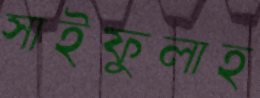
সাইফুলাহ